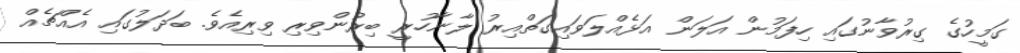
ގަމީހުގެ ގިރުވާނުގައި ހިފަމުން އަލަން އަޅެއްލަވައިގަތްއިރު ލާނާހުރީ ބިރުންވިރި ވިރިއެވެ. ބަދަލުގައި އެއްޗެއް